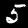
Label: 5